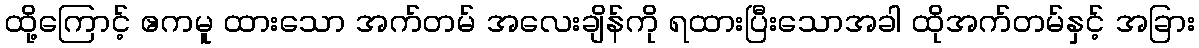
ထို့ကြောင့် ဧကမူ ထားသော အက်တမ် အလေးချိန်ကို ရထားပြီးသောအခါ ထိုအက်တမ်နှင့် အခြား